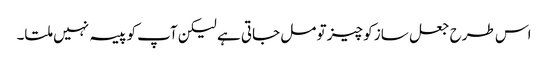
اس طرح جعل ساز کو چیز تو مل جاتی ہے لیکن آپ کو پیسہ نہیں ملتا۔